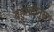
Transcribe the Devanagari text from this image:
बहुमतानुसार